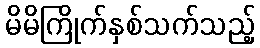
မိမိကြိုက်နှစ်သက်သည့်